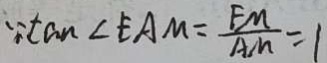
\because \tan \angle E A M = \frac { E M } { A M } = 1